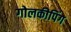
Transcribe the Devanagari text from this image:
गोलकीपिंग